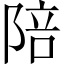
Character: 陪